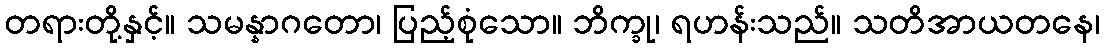
တရားတို့နှင့်။ သမန္နာဂတော၊ ပြည့်စုံသော။ ဘိက္ခု၊ ရဟန်းသည်။ သတိအာယတနေ၊